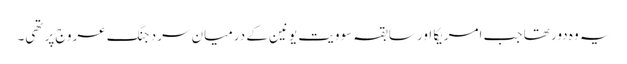
یہ وہ دور تھا جب امریکا اور سابقہ سوویت یونین کے درمیان سرد جنگ عروج پر تھی۔